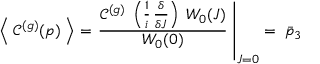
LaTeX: \left\langle \; \mathcal { C } ^ { ( g ) } ( p ) \; \right\rangle = \left. \frac { \mathcal { C } ^ { ( g ) } \; \left( \frac { 1 } { i } \, \frac { \delta } { \delta J } \right) \; W _ { 0 } ( J ) } { W _ { 0 } ( 0 ) } \; \right\vert _ { J = 0 } = \; \bar { p } _ { 3 }